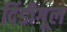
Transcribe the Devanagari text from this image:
दिंडीगूल